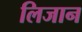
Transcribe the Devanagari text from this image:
लिजान